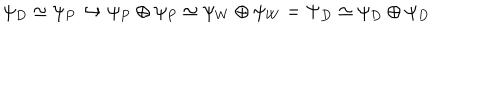
\psi _ { D } \simeq \psi _ { P } \hookrightarrow \psi _ { P } \oplus \psi _ { P } \simeq \psi _ { W } \oplus \psi _ { W } = \Psi _ { D } \simeq \psi _ { D } \oplus \psi _ { D }